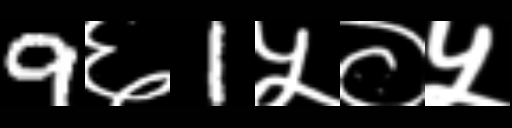
Text: 9६1५०५